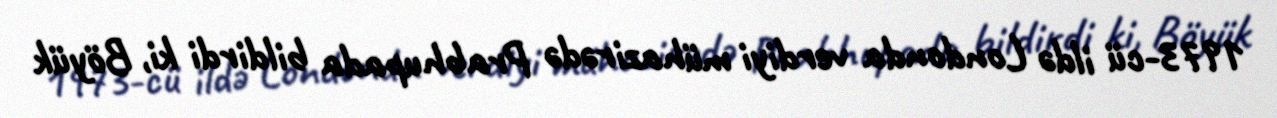
1973-cü ildə Londonda verdiyi mühazirədə Prabhupada bildirdi ki, Böyük